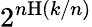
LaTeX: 2^{n\mathrm{H}(k/n)}